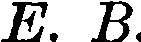
E. B.